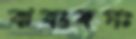
ঝবংবপঃ